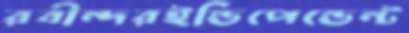
রবীন্দরইন্ডিপেন্ডেন্ট